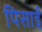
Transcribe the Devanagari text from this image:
पिसाईं